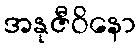
အနုဇီဝိနော